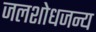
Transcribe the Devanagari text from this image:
जलशोधजन्य